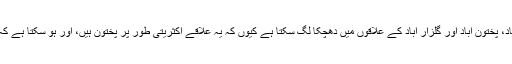
ان کے مطابق پی پی پی کو سلطان آباد، پختون آباد اور گلزار آباد کے علاقوں میں دھچکا لگ سکتا ہے کیوں کہ یہ علاقے اکثریتی طور پر پختون ہیں، اور ہو سکتا ہے کہ یہاں سے ووٹ ایم ایم اے کو جائے۔